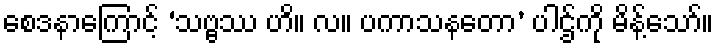
စေဒနာကြောင့် ‘သဗ္ဗဿ ဟိ။ လ။ ပကာသနတော’ ပါဌ်ကို မိန့်သော်။